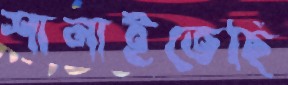
শানাইতেছি